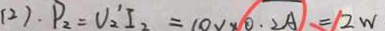
( 2 ) . P _ { 2 } = V _ { 2 } ^ { \prime } I _ { 2 } = 1 0 v \times 0 . 2 A = 2 w